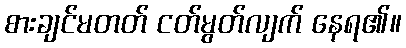
စားချင်မတတ် ငတ်မွတ်လျက် နေရ၏။